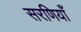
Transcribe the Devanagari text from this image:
सरणियाँ